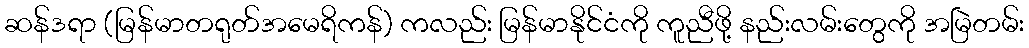
ဆန်ဒရာ (မြန်မာတရုတ်အမေရိကန်) ကလည်း မြန်မာနိုင်ငံကို ကူညီဖို့ နည်းလမ်းတွေကို အမြဲတမ်း